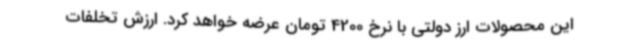
این محصولات ارز دولتی با نرخ 4200 تومان عرضه خواهد کرد. ارزش تخلفات